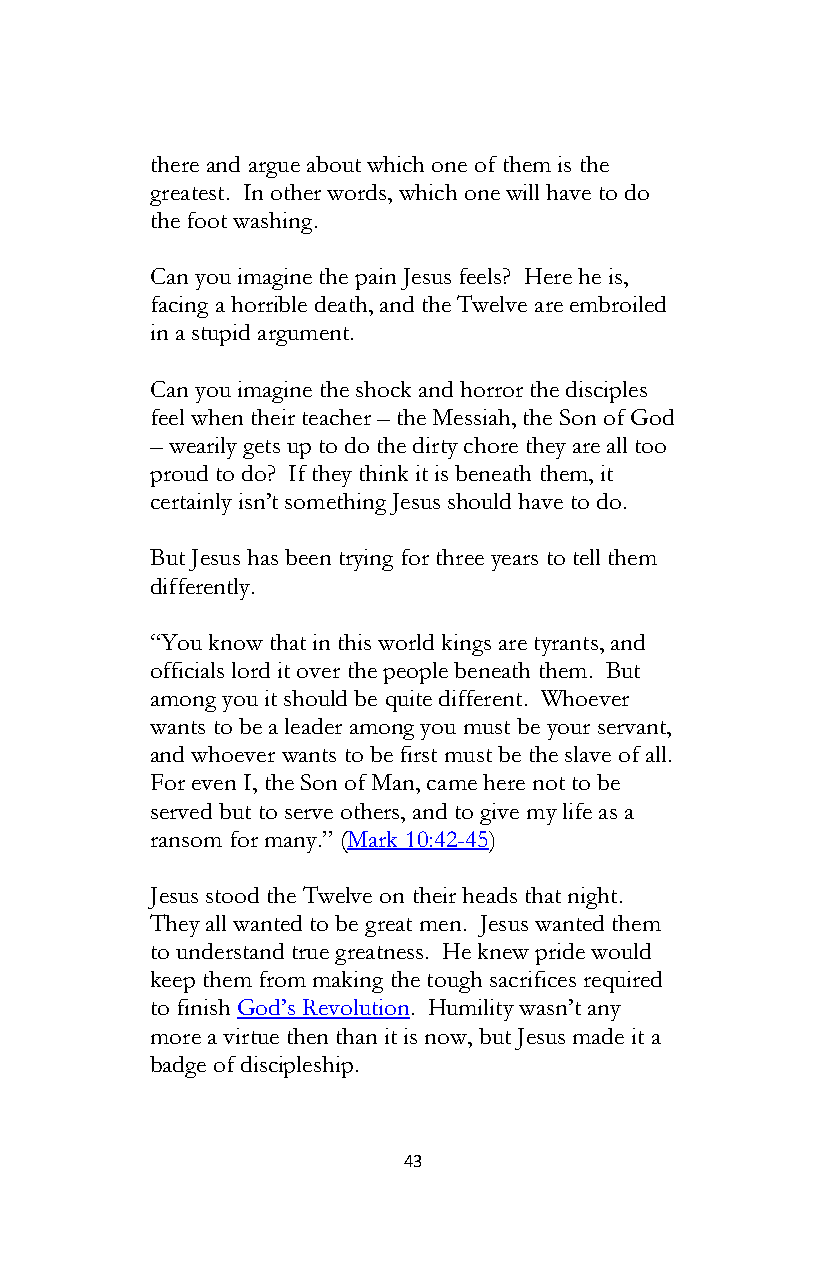
there and argue about which one of them is the
 greatest. In other words, which one will have to do
 the foot washing.
 Can you imagine the pain Jesus feels? Here he is,
 facing a horrible death, and the Twelve are embroiled
 in a stupid argument.
 Can you imagine the shock and horror the disciples
 feel when their teacher – the Messiah, the Son of God
 – wearily gets up to do the dirty chore they are all too
 proud to do? If they think it is beneath them, it
 certainly isn’t something Jesus should have to do.
 But Jesus has been trying for three years to tell them
 differently.
 “You know that in this world kings are tyrants, and
 officials lord it over the people beneath them. But
 among you it should be quite different. Whoever
 wants to be a leader among you must be your servant,
 and whoever wants to be first must be the slave of all.
 For even I, the Son of Man, came here not to be
 served but to serve others, and to give my life as a
 ransom for many.” (Mark 10:42-45)
 Jesus stood the Twelve on their heads that night.
 They all wanted to be great men. Jesus wanted them
 to understand true greatness. He knew pride would
 keep them from making the tough sacrifices required
 to finish God’s Revolution. Humility wasn’t any
 more a virtue then than it is now, but Jesus made it a
 badge of discipleship.
 43